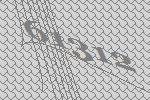
61312